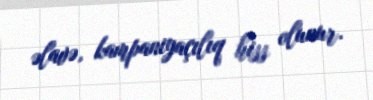
əlavə, kampaniyaçılıq hiss olunur.